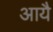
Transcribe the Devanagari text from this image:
आयै